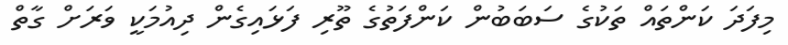
މިފަދަ ކަންތައް ތަކުގެ ސަބަބުން ކަންފަތުގެ ތޫރި ފަޅައިގެން ދިއުމަކީ ވަރަށް ގާތް